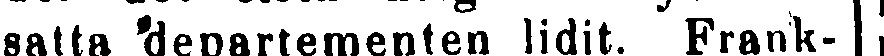
besatta 'departementen lidit. Frank-